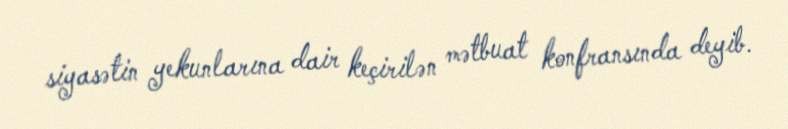
siyasətin yekunlarına dair keçirilən mətbuat konfransında deyib.